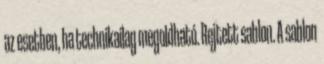
az esetben, ha technikailag megoldható. Rejtett sablon. A sablon